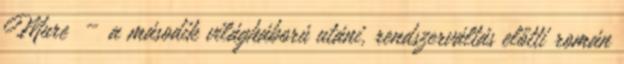
Mureș – a második világháború utáni, rendszerváltás előtti román